Source: Handwritten
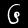
Digit: ၆ (6)